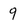
Character: 9